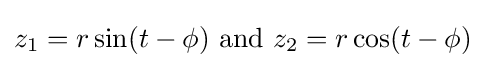
z_{1}=r\sin(t-\phi )~{\text{and}}~z_{2}=r\cos(t-\phi )